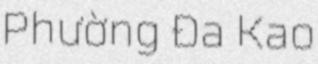
Phường Đa Kao